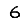
Digit: 6